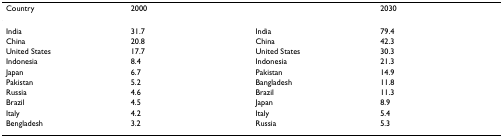
| Country | 2000 |  | 2030 |
 | --- | --- | --- | --- |
 | India | 31.7 | India | 79.4 |
 | China | 20.8 | China | 42.3 |
 | United States | 17.7 | United States | 30.3 |
 | Indonesia | 8.4 | Indonesia | 21.3 |
 | Japan | 6.7 | Pakistan | 14.9 |
 | Pakistan | 5.2 | Bangladesh | 11.8 |
 | Russia | 4.6 | Brazil | 11.3 |
 | Brazil | 4.5 | Japan | 8.9 |
 | Italy | 4.2 | Italy | 5.4 |
 | Bengladesh | 3.2 | Russia | 5.3 |